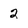
Character: 2